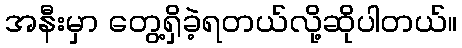
အနီးမှာ တွေ့ရှိခဲ့ရတယ်လို့ဆိုပါတယ်။